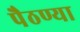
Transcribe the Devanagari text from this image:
पैठण्या